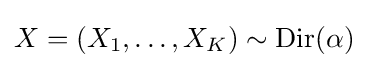
X=(X_{1},\ldots ,X_{K})\sim \operatorname {Dir} (\alpha )